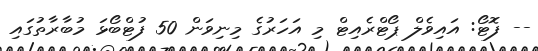
-- ފޮޓޯ: އައިވެލް ޕޯޓްރެއިޓް މި އަހަރުގެ މިނިވަން 50 ފުޓްބޯޅަ މުބާރާތުގައި